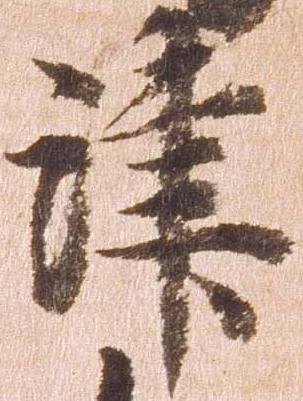
津